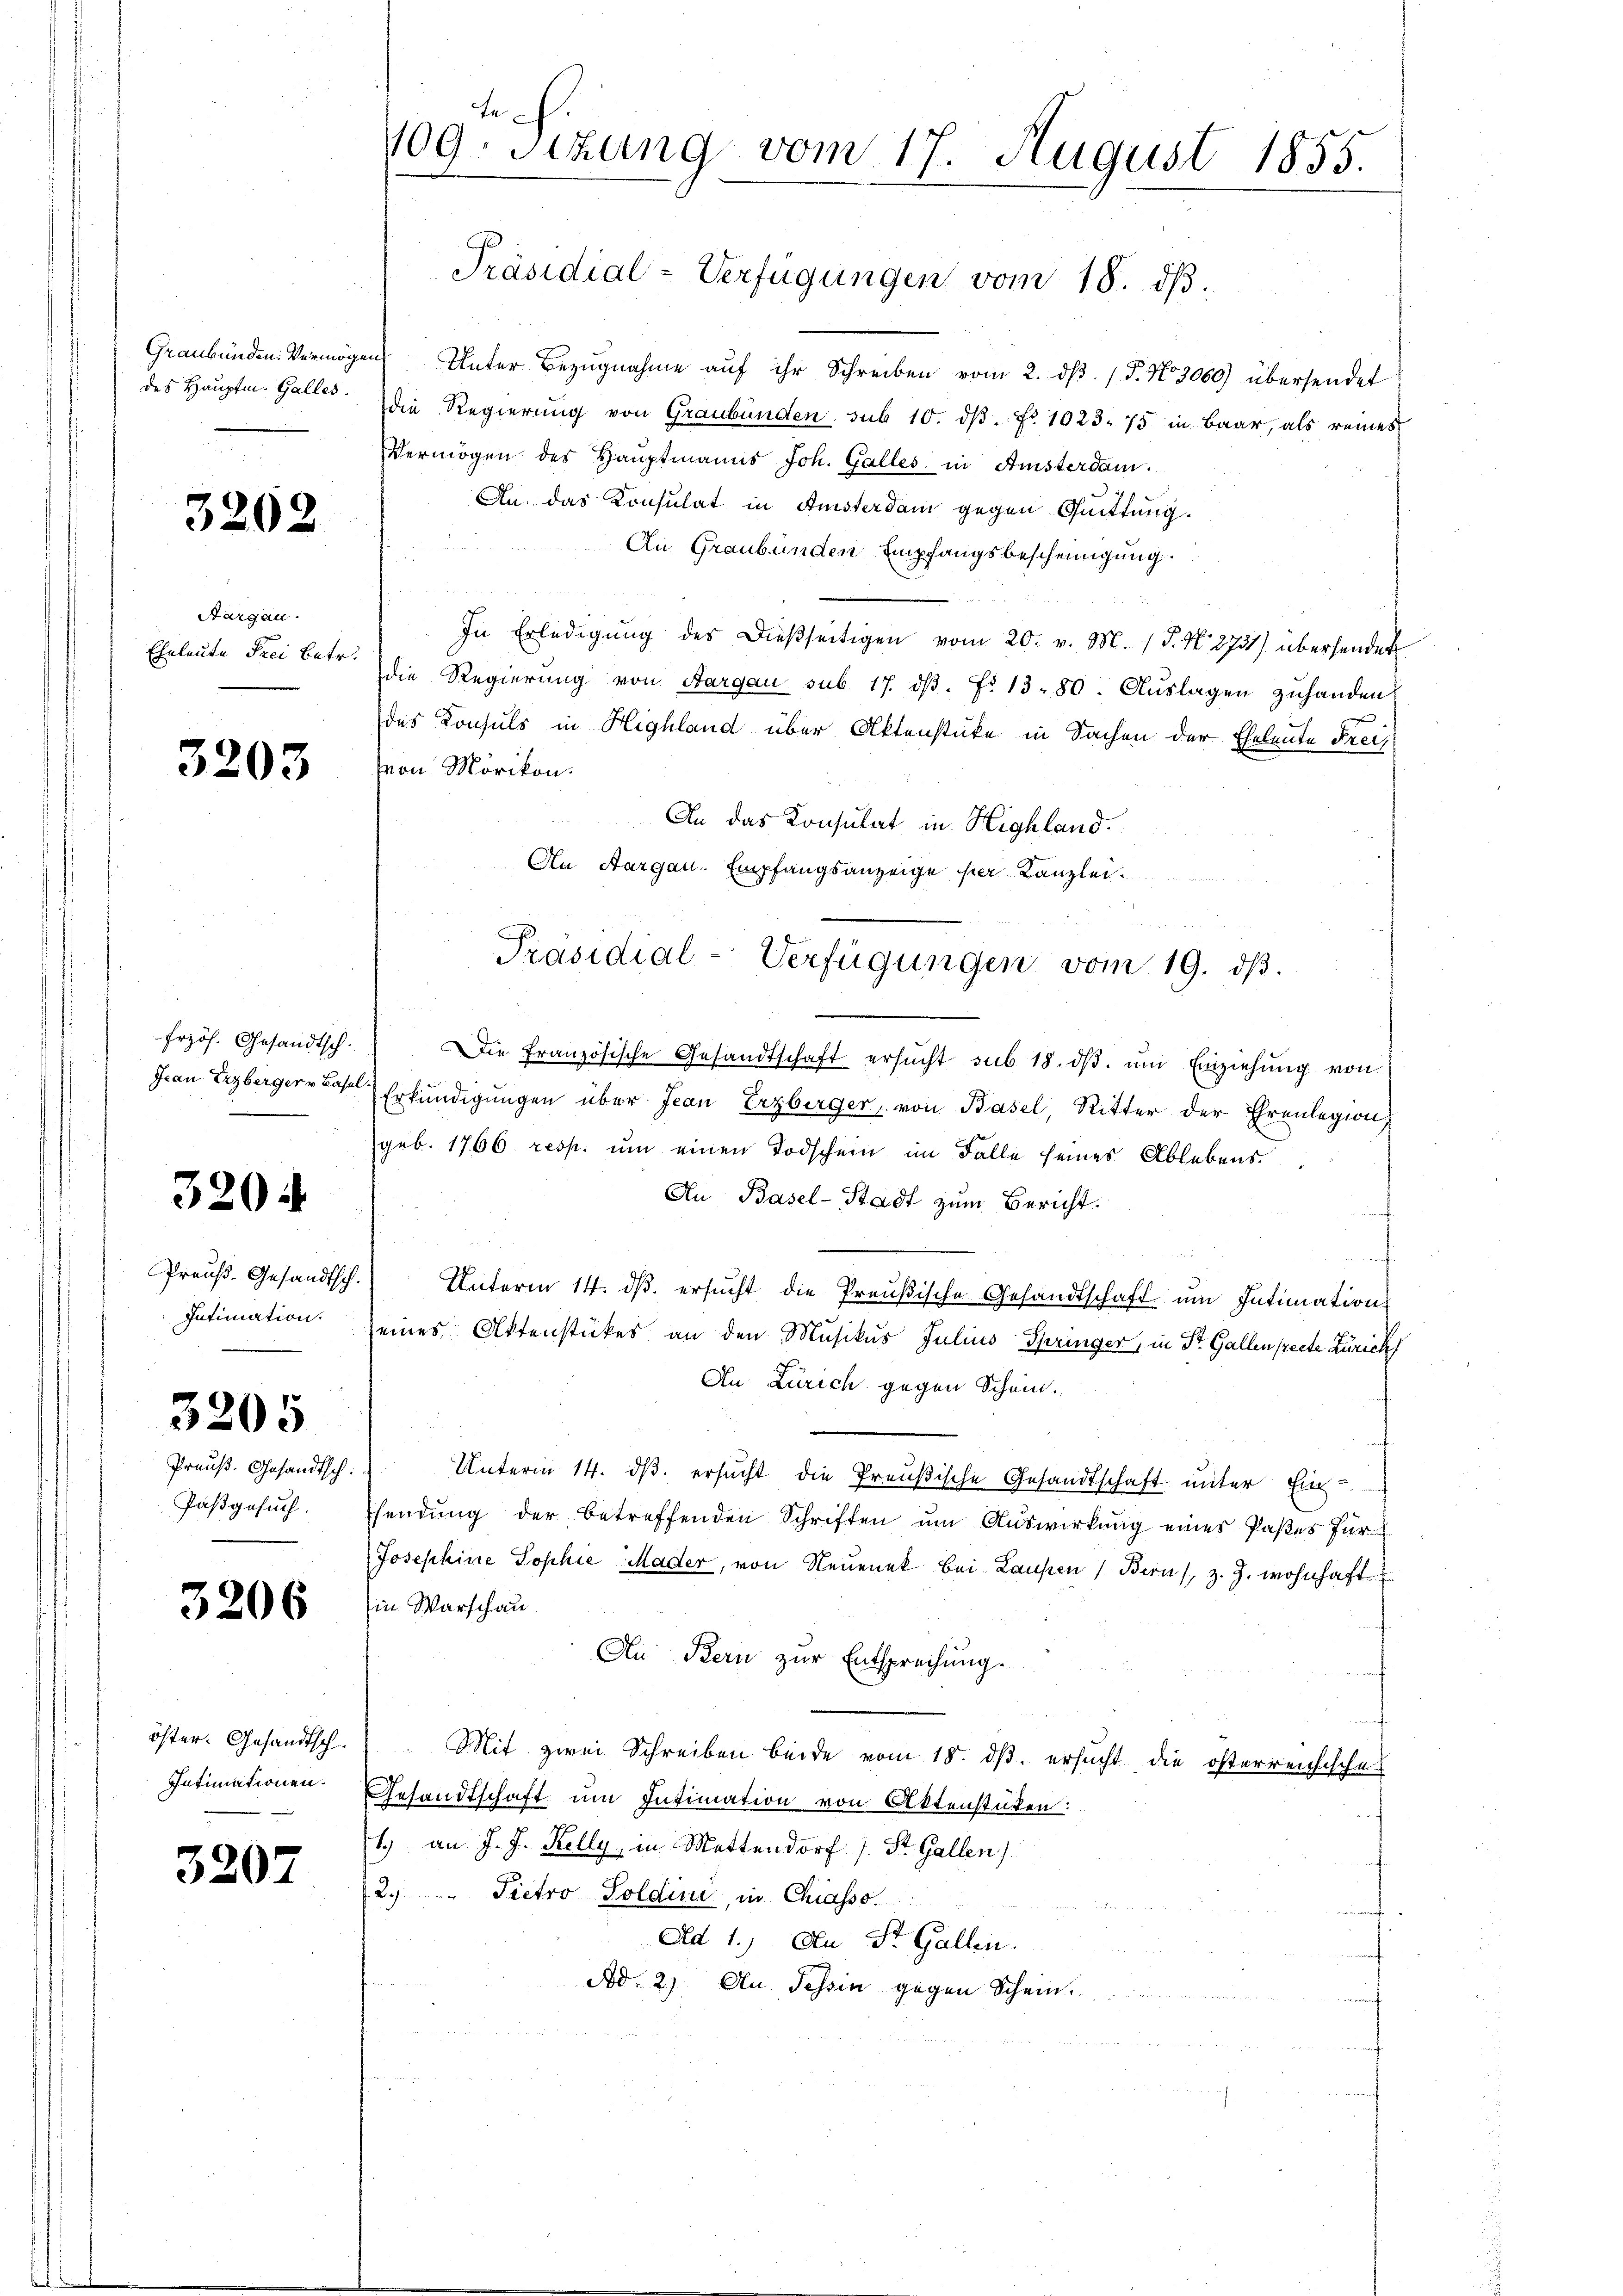
Graubünden: Vermöge
des Hauptm. Galles.

3262

Aargau.
Eheleute Frei Betr.

3203

frzös. Gesandtsch.
Jean Erzberger v. Basel.

320.

Preuß. Gesandtsch.
Intimation.

3205

Preuß. Gesandtsch.
Pasgesuch.

3206

öster. Gesandtsch¬
Intimationen.

320.

te
109. Sitzung vom 17. August 1855.
Präsidial-Verfügungen vom 18. dβ.

an Unter Bezugnahme aŭf ihr Schreiben vom 2. dβ. / 5. No 3060) übersendet
die Regierung von Graubünden sub 10. dβ. No 1023. 75 in Baar, als reines
Vermögen des Hauptmanns Joh. Galles in Amsterdam.
An das Konsulat in Amsterdam gegen Quittung.
An Graubünden Empfangsbescheinigung.
In Erledigŭng des dießseitigen vom 20. v. M. (T. N. 2731) übersendet
die Regierung von Aargau sub. 17. dβ. f. 13. 80. Aŭslagen zuhanden
des Konsuls in Highland über Aktenstüke in Sachen der Eheleute Freivon Mörikon.
An das Konsulat in Highland.
An Aargau, Empfangsanzeige hier Kanzlei
Die Französische Gesandtschaft ersŭcht sub 18. dβ. ŭm Einziehŭng von
Erkundigungen über Jean Erzberger, von Basel, Ritter der Ehrenlegion,
(geb. 1766. resp. um einen Todschein im Falle seines Ablebens
An Basel-Stadt zum Bericht.
Unterm 14. ds. ersucht die Preußische Gesandtschaft um Intimation
eines Aktenstückes an den Musikus Julius Springer, in St. Gallen secte Zürich
An Zürich gegen Schön.
Unterm 14. dβ ersŭcht die Preußische Gesandtschaft unter Ein-
sendung der betreffenden Schriften um Auswirkung eines Pastes für
Josephine Sophie, Mader, von Neuenek bei- Laupen Bern, z. Z. wohnhaft
in Warschau
Au Bern zur Entsprechung.
Mit zwei Schreiben beide vom 18. ds. ersucht die österreichische
Gesandtschaft um Intimation von Aktenstüken:
1. an J. J. Kelly, in Mettendorf / St. Gallen)
2. " Pietro Poldini in Chiasso.
Ad 1.) An St. Gallen.
Ad. 2) Au. Tessin gegen Schein.

Präsidial-Verfügungen vom 19. dβ.